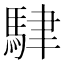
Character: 䮇